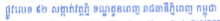
ផ្លូវលេខ ៩២ សង្កាត់វត្តភ្នំ ខណ្ឌដូនពេញ រាជធានីភ្នំពេញ កម្ពុជា